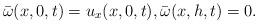
LaTeX: \begin{align*}\bar \omega(x,0, t)= u_x(x,0,t), \bar\omega(x, h, t)=0.\end{align*}